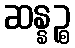
ဆန္နဉ္စ